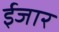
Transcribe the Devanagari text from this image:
ईजार